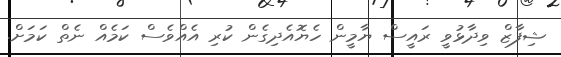
ޝިފާޒް ވިދާޅުވީ ރައީސް ޔާމީން ހެޔޮއެދިގެން ކުރި އެއްވެސް ކަމެއް ނެތް ކަމަށް.